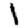
Digit: 1